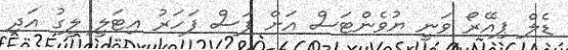
ޑެލް ޕިއޭރޯ ވަނީ ޔުވެންޓަސް އަށް ފަސް ފަހަރު އިޓަލީ ލީގު އަދި